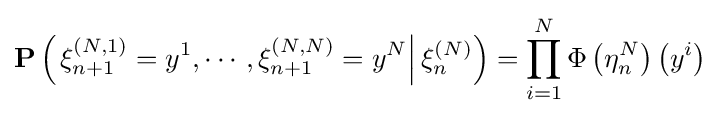
\mathbf {P} \left(\left.\xi _{n+1}^{(N,1)}=y^{1},\cdots ,\xi _{n+1}^{(N,N)}=y^{N}\right|\xi _{n}^{(N)}\right)=\prod _{i=1}^{N}\Phi \left(\eta _{n}^{N}\right)\left(y^{i}\right)